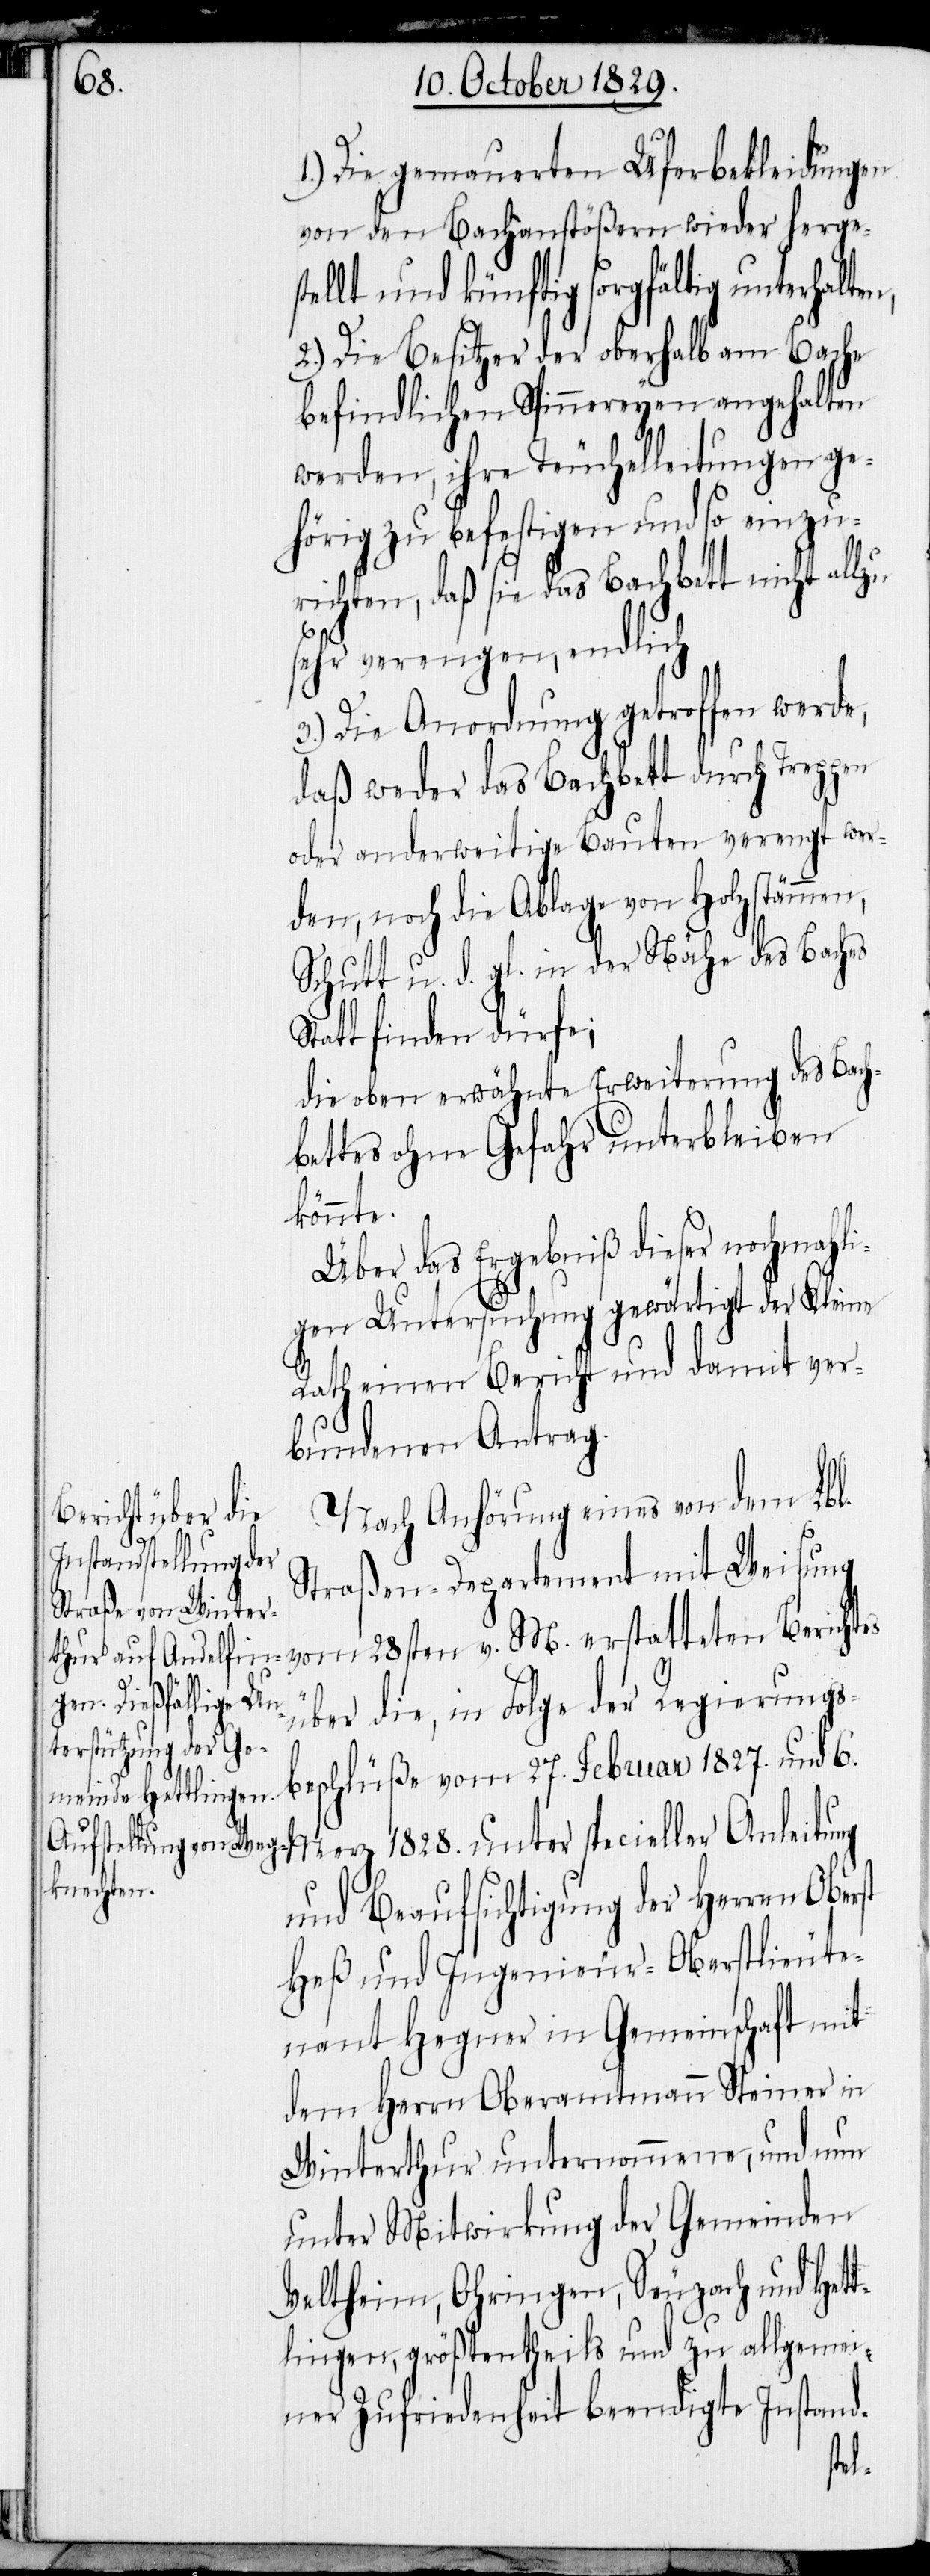
1828.

1.) Die gemauerten Uferbekleidungen
von den Bachanstößern wieder herges¬
tellt und künftig sorgfältig unterhalt¬
2.) Die Besitzer der oberhalb am Bache
befindlichen Spinnereyen angehalten
werden, ihre Teuchelleitungen ge¬
hörig zu befestigen und so einzu¬
richten, daß sie das Bachbett nicht allzu
sehr verengen, endlich
3.) Die Anordnung getroffen werde,
daß weder das Bachbett durch Treppen
oder anderweitige Bauten verengt wer¬
den, noch die Ablage von Holzstämmen,
Schutt u. d. gl. in der Nähe des Baches
Statt finden dürfe;
die oben erwähnte Erweiterung des Bach¬
bettes ohne Gefahr unterbleiben
könnte.
Über das Ergebniß dieser nochmahli¬
gen Untersuchung gewärtigt der Kleine
Rath einen Bericht und damit ver¬
bundenen Antrag.
Nach Anhörung eines von dem Lbl.
Straßen-Departement mit Weisung
über die, in Folge der Regierungs¬
beschlüße vom 27. Februar 1827. und 6.
Berichtes
und Beaufsichtigung der Herren Oberst
Heß und Ingenieur-Oberstlieute¬
nant Hegner in Gemeinschaft mit
dem Herrn Oberamtmann Steiner in
Winterthur unternommene, und nun
unter Mitwirkung der Gemeinden
Veltheim, Ohringen, Seuzach und Hett¬
lingen, größtentheils und zu allgemei¬
ner Zufriedenheit beendigte Instand-
en,